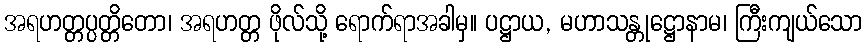
အရဟတ္တပ္ပတ္တိတော၊ အရဟတ္တ ဖိုလ်သို့ ရောက်ရာအခါမှ။ ပဋ္ဌာယ, မဟာသန္တုဋ္ဌောနာမ၊ ကြီးကျယ်သော